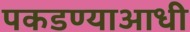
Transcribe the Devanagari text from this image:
पकडण्याआधी